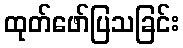
ထုတ်ဖော်ပြသခြင်း